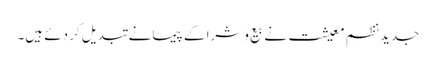
جدید نظم معیشت نے بیع و شرا کے پیمانے تبدیل کر دئے ہیں۔